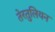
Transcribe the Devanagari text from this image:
तेरतुलियन